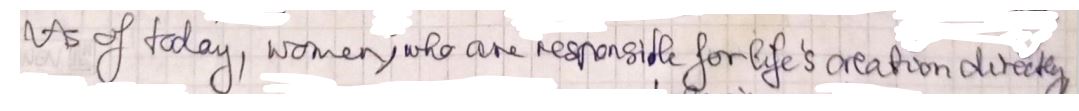
As of today, women who are responsible for life's creation directly